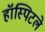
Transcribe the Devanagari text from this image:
हॉस्पिटले